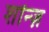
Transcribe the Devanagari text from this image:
शॉन्ज़